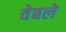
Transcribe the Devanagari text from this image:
वेबले